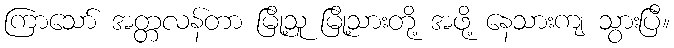
ကြာသော် အတ္တလန်တာ မြို့သူ မြို့သားတို့ အဖို့ နေသားကျ သွားပြီ။